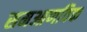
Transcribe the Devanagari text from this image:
समआणविक